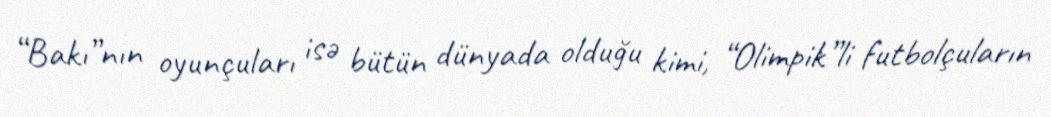
“Bakı”nın oyunçuları isə bütün dünyada olduğu kimi, “Olimpik”li futbolçuların